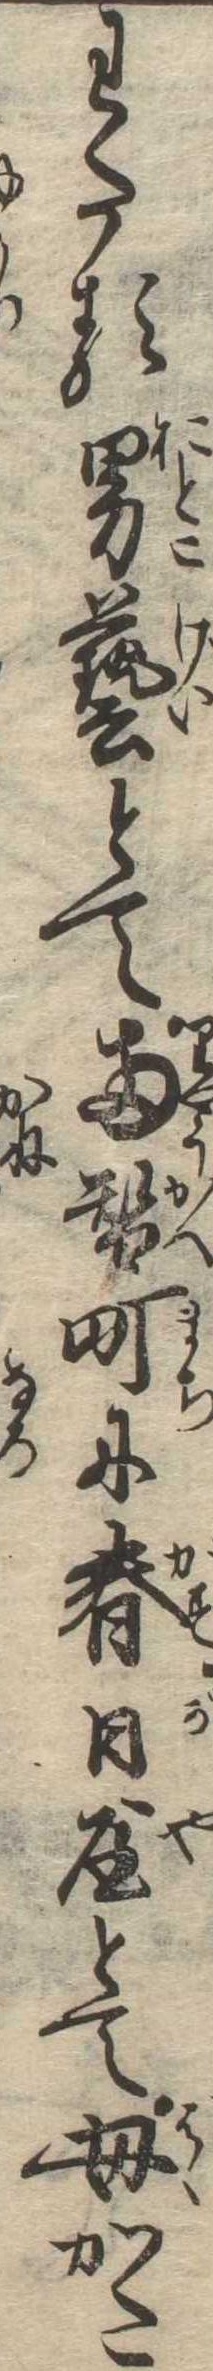
わたる男芸とて両替町に春日屋とて母かた